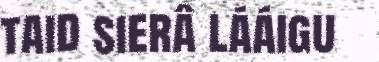
taid sierâ lááigu